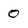
Character: 0